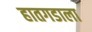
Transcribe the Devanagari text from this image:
हातगडाला